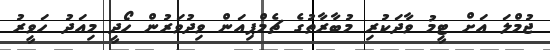
ޖުމްލަ އަށް ޓީމު ވާދަކުރި މުބާރާތުގެ ޗެމްޕިއަން ވިދުވަރުން ހޯދީ މިއަދު ހަވީރު